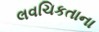
લવચિકતાના